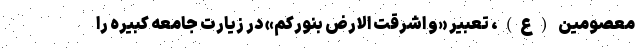
معصومین (ع)، تعبیر «و اشرقت الارض بنورکم» در زیارت جامعه کبیره را